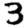
Digit: 3